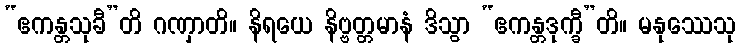
“ဧကန္တသုခီ”တိ ဂဏှာတိ။ နိရယေ နိဗ္ဗတ္တမာနံ ဒိသွာ “ဧကန္တဒုက္ခီ”တိ။ မနုဿေသု